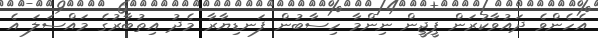
އެހެންވެ ދައުވާކުރަން ޕީޖީން ނިންމާ ހިސާބުން ފަނޑިޔާރާ މެދު އިތުބާރުގެ މައްސަލަ އެ